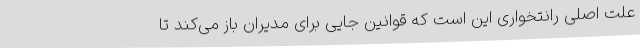
علت اصلی رانتخواری این است که قوانین جایی برای مدیران باز می‌کند تا